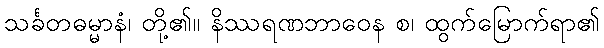
သင်္ခတဓမ္မာနံ၊ တို့၏။ နိဿရဏဘာဝေန စ၊ ထွက်မြောက်ရာ၏